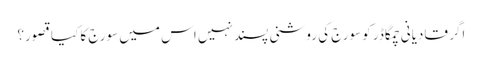
اگر قادیانی چمگاڈر کو سورج کی روشنی پسند نہیں اس میں سورج کا کیا قصور؟